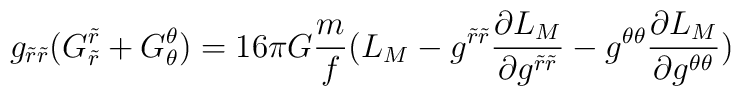
g_{\tilde{r}\tilde{r}}(G^{\tilde{r}}_{\tilde{r}}+G^{\theta}_{\theta})=16\pi G\frac{m}{f}(L_M-g^{\tilde{r}\tilde{r}}\frac{\partial L_M}{\partial g^{\tilde{r}\tilde{r}}}-g^{\theta\theta}\frac{\partial L_M}{\partial g^{\theta\theta}})